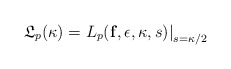
\begin{align*}\left. \frak{L}_p(\kappa)=L_p (\mathbf{f},\epsilon, \kappa, s)\right |_{s={\kappa}/{2}}\end{align*}